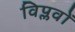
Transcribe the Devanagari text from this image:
विप्लवों